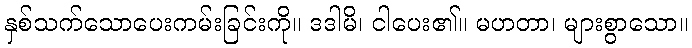
နှစ်သက်သောပေးကမ်းခြင်းကို။ ဒဒါမိ၊ ငါပေး၏။ မဟတာ၊ များစွာသော။